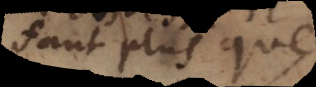
faut plus que